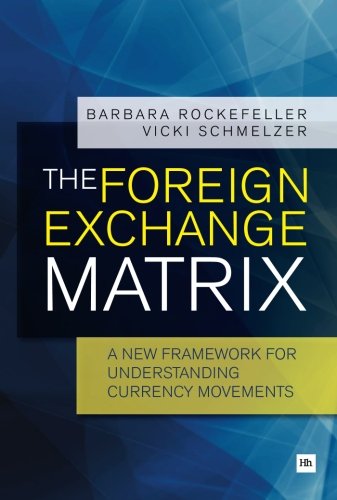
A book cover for The Foreign Exchange Matrix: A new framework for understanding currency movements; Barbara Rockefeller; Business & Money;